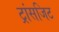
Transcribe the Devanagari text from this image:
ट्रांसजिट